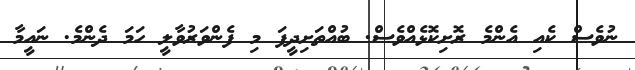
ނުވެސް ކެއި އެންމެ ރޮށިކޮޅެއްވެސް. ބުއްތަށިދީފަ މި ފެންވަރުވާލީ ހަމަ ދެންމެ. ނައީމާ